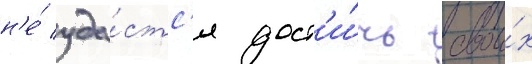
н'е́ уда́стс'я дост'и́чь свои́х